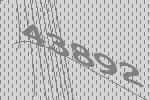
43892